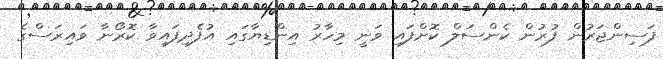
ފަސިންޖަރުން ފުރުން ކެންސަލް ކޮށްފައި ވަނީ މިހާރު އިންޑިޔާގައި އުފެދިފައިވާ ކޮރޯނާ ވައިރަސްގެ